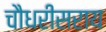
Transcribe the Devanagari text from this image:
चौधरीसराय